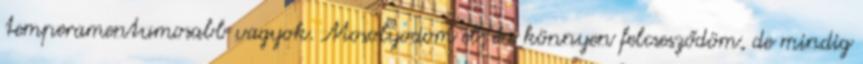
temperamentumosabb vagyok. Mosolyodom el, én könnyen felcsesződöm, de mindig